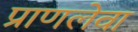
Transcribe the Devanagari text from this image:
प्राणलेवा